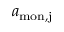
a _ { \mathrm { m o n , j } }